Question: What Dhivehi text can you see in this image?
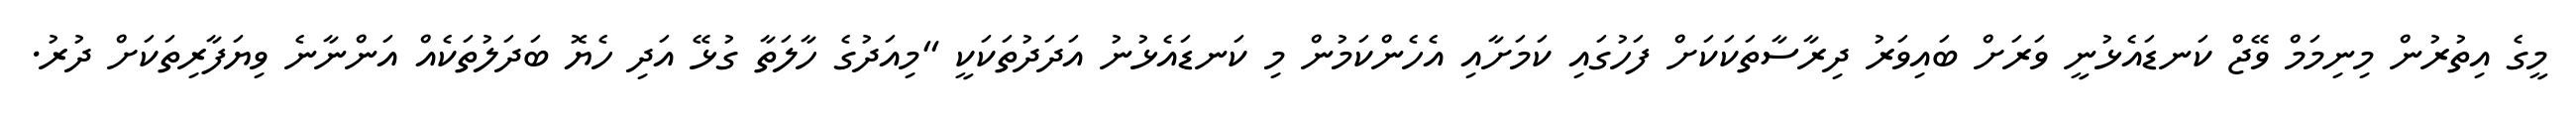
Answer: މީގެ އިތުރުން މިނިމަމް ވޭޖް ކަނޑައެޅުނީ ވަރަށް ބައިވަރު ދިރާސާތަކަކަށް ފަހުގައި ކަމަށާއި އެހެންކަމުން މި ކަނޑައެޅުނު އަދަދުތަކަކީ "މިއަދުގެ ހާލަތާ ގުޅޭ އަދި ހެޔޮ ބަދަލުތަކެއް އަންނާނެ ވިޔަފާރިތަކަށް ދުރު.